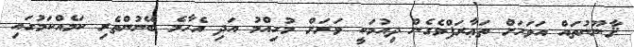
ޤާނޫނުތައް އަވަހަށް ތަޢާރަފްވެގެން ދިއުމަކީ ވަރަށް މުހިއްމު އަދި އެހާމެ ބޭނުންތެރި ކަމެއްކަމުގައި